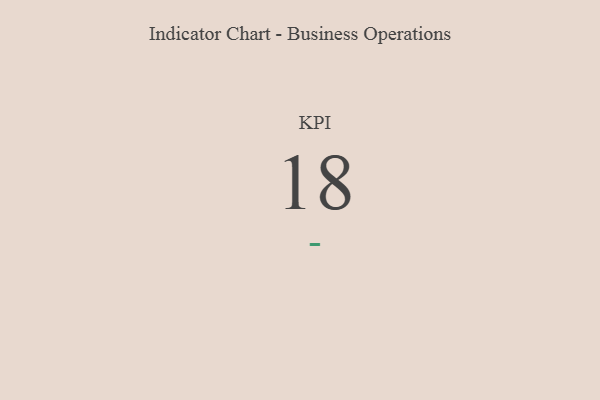
{"axis": {"x": "KPI", "y": "Value"}, "legend": [""], "data": [{"x": "KPI", "y": 18, "type": ""}]}